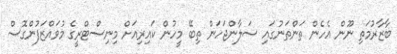
ބާޒާރުމަތި ނޫން އެހެން ތަންތަނުގައި ސަލާންޖަހަން ތިބޭ މީހުން ކައިރިއަށް މިނިސްޓްރީގެ މުވައްޒަފުންގޮސް